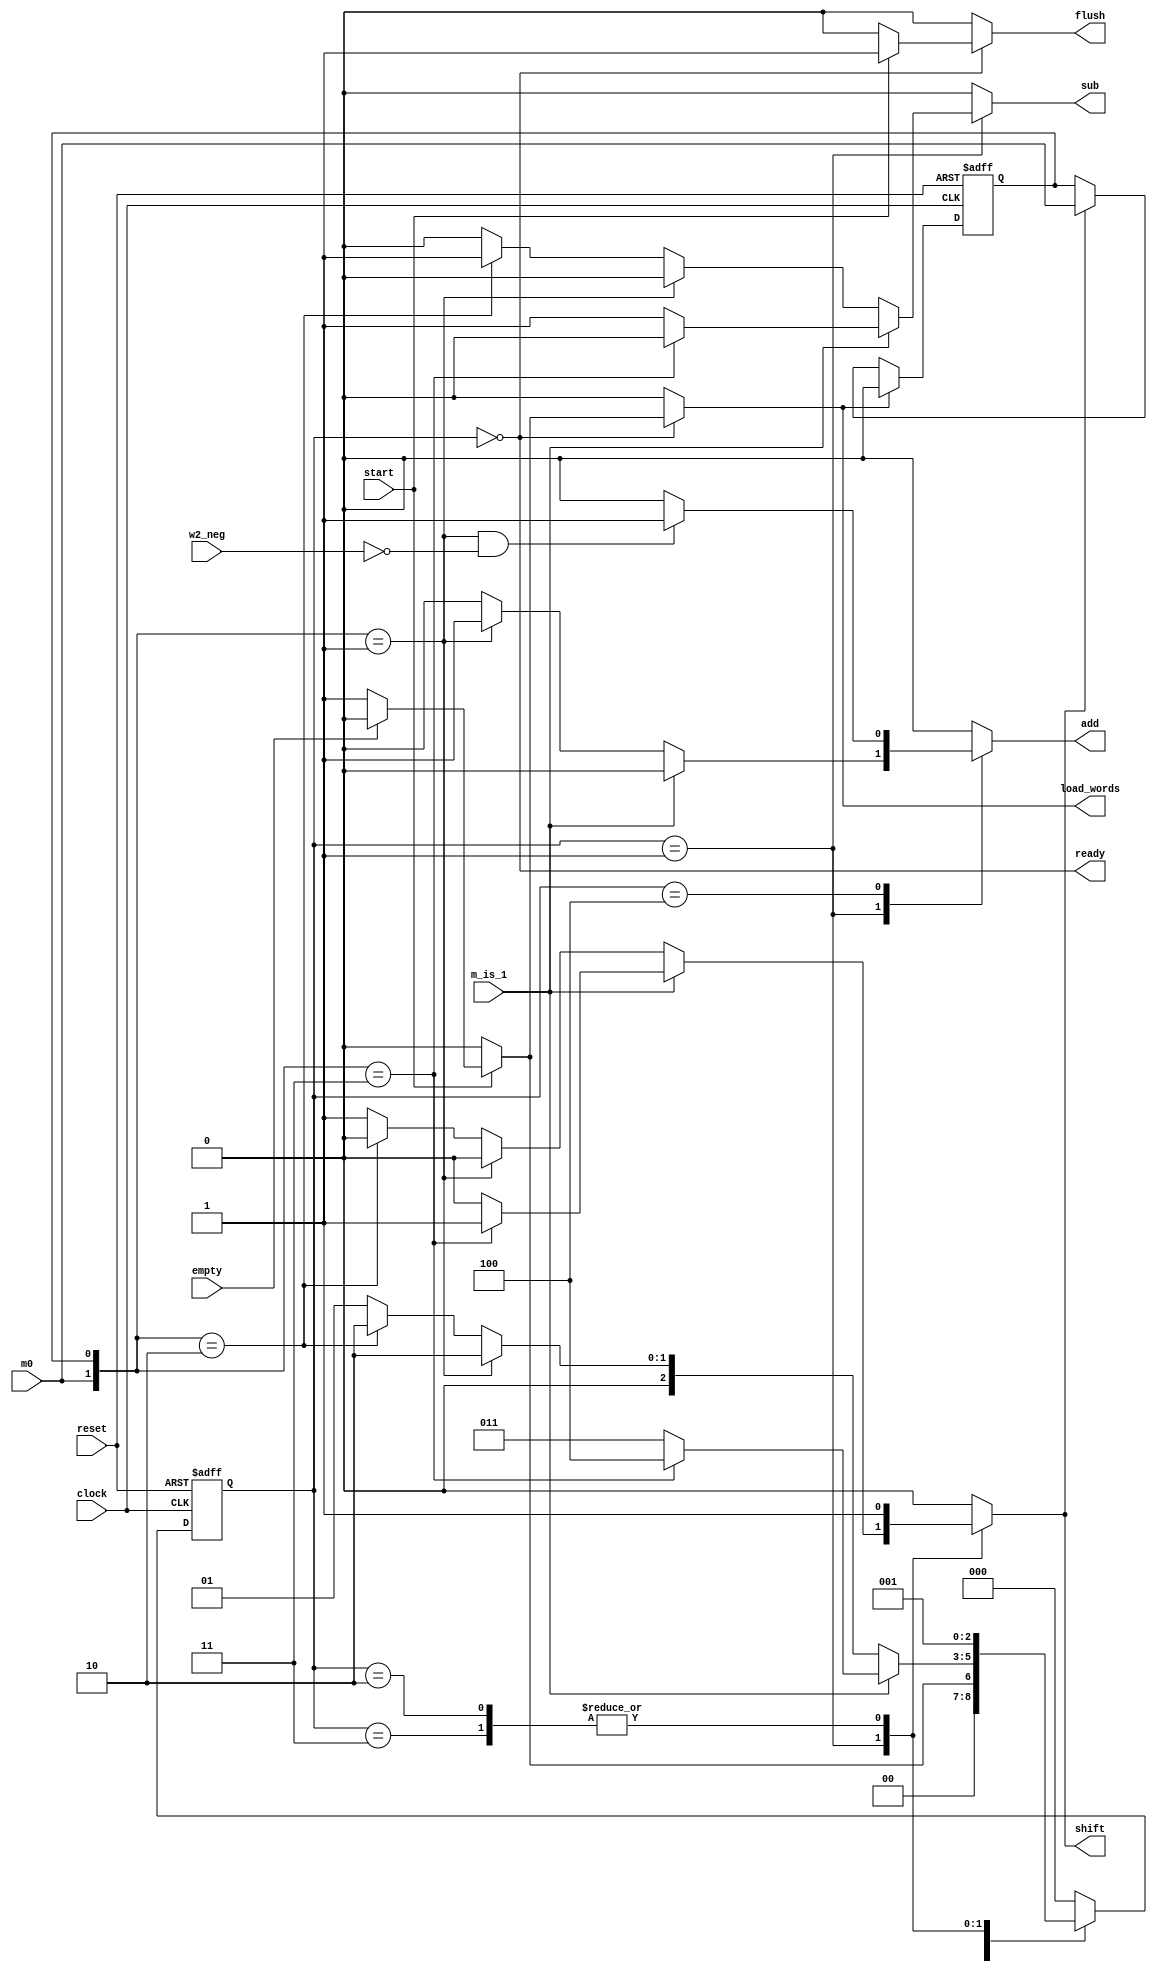
module control_unit #(parameter l_word = 4, l_state = 3, l_brc = 2)(
  output reg  load_words, flush, shift, add, sub,
  output      ready,
  input       empty, w2_neg, m_is_1, m0, start, clock, reset
  );
  parameter s_idle = 0,
            s_running = 1,
            s_working = 2,
            s_shift1 = 3,
            s_shift2 = 4;
            
  reg  [l_state-1 : 0] state, next_state;
  reg                  m0_del;
  wire [l_brc-1 : 0]   brc = {m0, m0_del};
  assign ready = (state == s_idle);
        //Necessary to reset mO_del when load_words is asserted, otherwise it would start with residual value
        
  always@(posedge clock, posedge reset) begin
    if(reset) state <= s_idle;
    else      state <= next_state;
  end
  
  always@(posedge clock, posedge reset) begin
    if(reset)           m0_del <= 0;
    else if(load_words) m0_del <= 0;
    else if(shift)      m0_del <= m0; 
  end
  
  always@(state, start, brc, empty, w2_neg, m_is_1, m0) begin
    load_words = 0;
    flush = 0;
    shift = 0;
    add = 0;
    sub = 0;
    next_state = s_idle;
    case(state)
        s_idle:    begin
                     if(!start) next_state = s_idle;
                     else if(empty) begin
                                      flush = 1;
                                      next_state = s_idle;
                                    end
                     else           begin
                                      flush = 1;
                                      load_words = 1;
                                      next_state = s_running;
                                    end
                   end
        s_running: begin
                     if(m_is_1) begin
                                  if(brc == 3) begin
                                                 shift = 1;
                                                 next_state = s_shift2;
                                               end
                                  else         begin
                                                 sub = 1;
                                                 next_state = s_shift1;
                                               end
                                end
                      else      begin
                                  if(brc == 1) begin
                                                 add = 1;
                                                 next_state = s_working;
                                               end
                                  else if(brc == 2) begin
                                                 sub = 1;
                                                 next_state = s_working;
                                               end
                                  else         begin
                                                 shift = 1;
                                                 next_state = s_running;
                                               end
                                end
                   end
         s_shift1: begin
                     shift = 1;
                     next_state = s_running;
                   end
         s_shift2: begin
                     if((brc == 1) && (!w2_neg)) add = 1;
                     next_state = s_idle;
                   end
         s_working: begin
                     shift = 1;
                     next_state = s_running;
                   end
         default: next_state = s_idle;
     endcase
  end
  endmodule